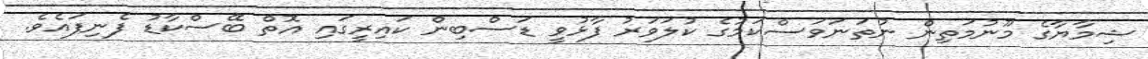
ޝިމާޔާގެ މޫނުމަތިން ނުތަނަވަސްކަމުގެ ކުލަވަރު ފާޅުވީ ޑަސްބިން ކައިރީގައި އޮތް ބޭސްކާޑު ފެނިފައެވެ.